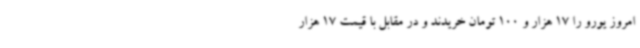
امروز یورو را 17 هزار و 100 تومان خریدند و در مقابل با قیمت 17 هزار